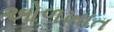
ઓળખાત